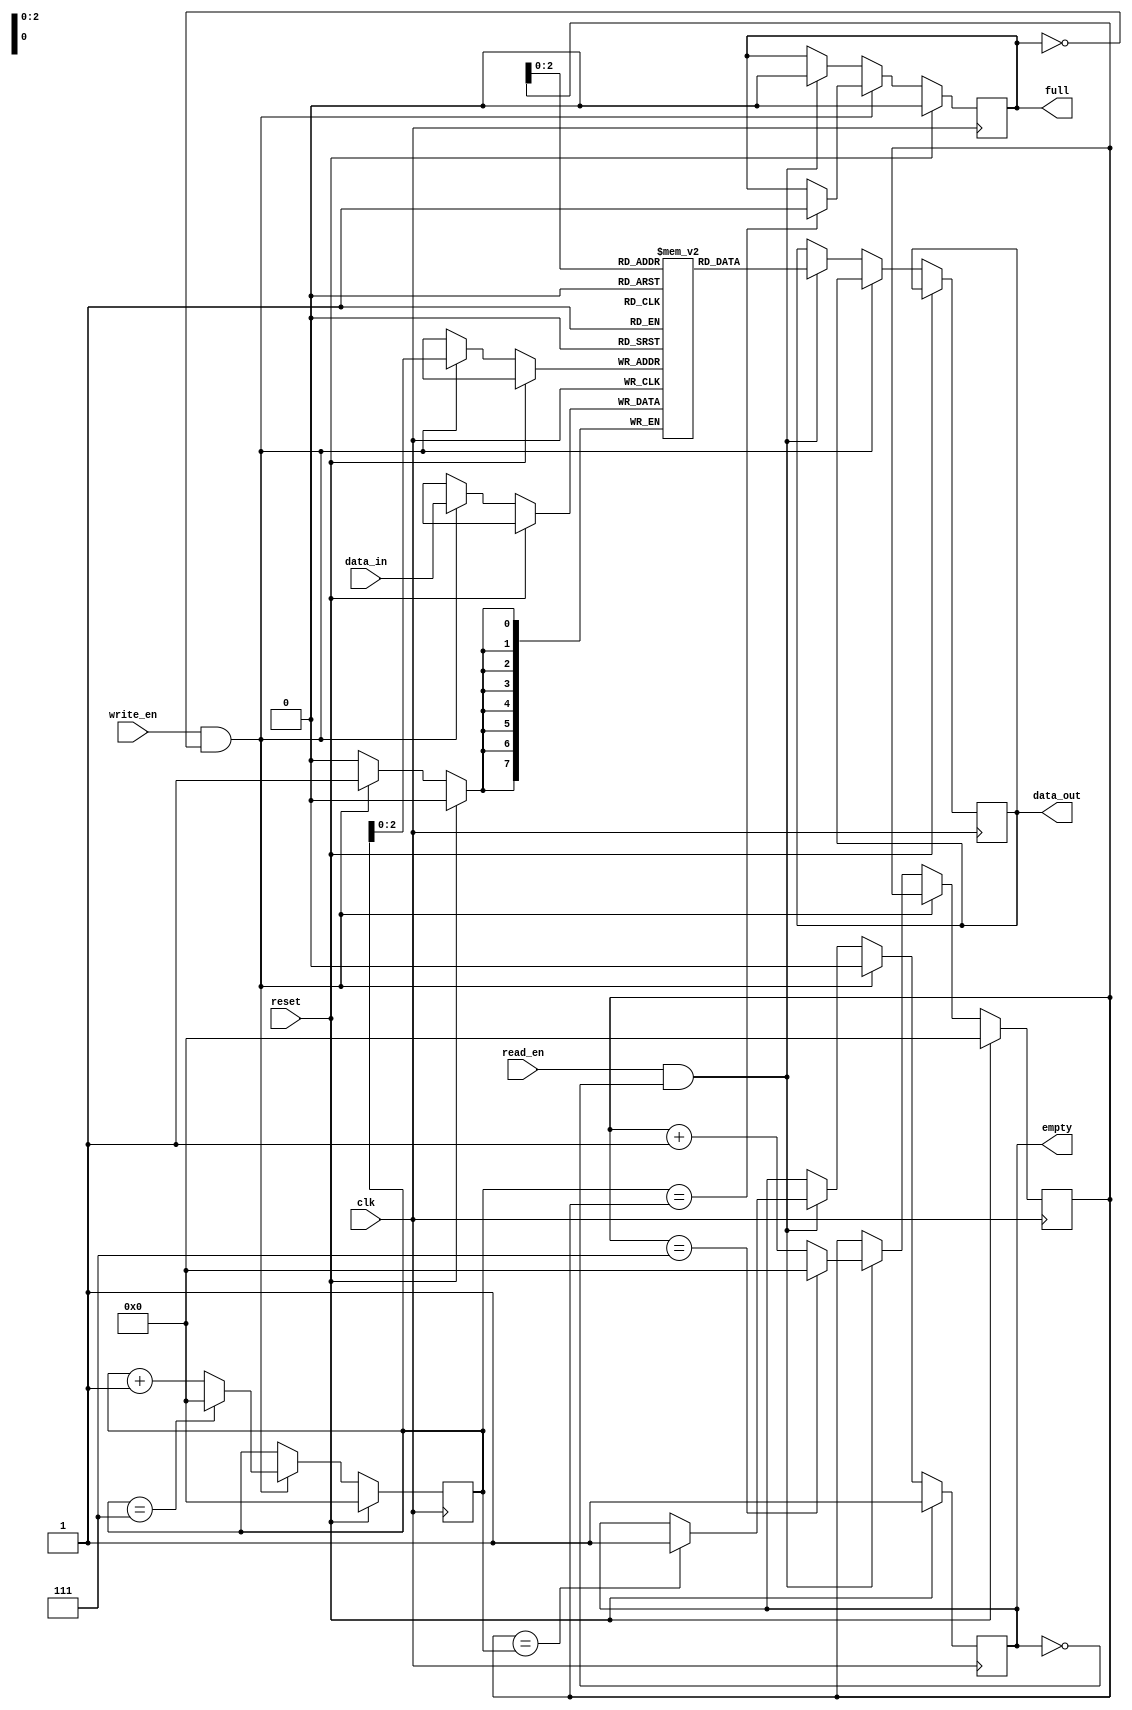
module FIFO_Buffer (
    input wire clk,
    input wire reset,
    input wire write_en,
    input wire read_en,
    input wire [7:0] data_in,
    output reg [7:0] data_out,
    output reg full,
    output reg empty
);

parameter DEPTH = 8;

reg [7:0] memory [0:DEPTH-1];
reg [3:0] read_ptr;
reg [3:0] write_ptr;

initial begin
    read_ptr = 4'b0000;
    write_ptr = 4'b0000;
    full = 1'b0;
    empty = 1'b1;
end

always @(posedge clk) begin
    if (reset) begin
        read_ptr <= 4'b0000;
        write_ptr <= 4'b0000;
        full <= 1'b0;
        empty <= 1'b1;
    end else if (write_en && !full) begin
        memory[write_ptr] <= data_in;
        if (write_ptr == DEPTH-1)
            write_ptr <= 4'b0000;
        else
            write_ptr <= write_ptr + 1;
        empty <= 1'b0;
        if (write_ptr == read_ptr)
            full <= 1'b1;
    end else if (read_en && !empty) begin
        data_out <= memory[read_ptr];
        if (read_ptr == DEPTH-1)
            read_ptr <= 4'b0000;
        else
            read_ptr <= read_ptr + 1;
        full <= 1'b0;
        if (read_ptr == write_ptr)
            empty <= 1'b1;
    end
end

endmodule